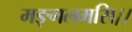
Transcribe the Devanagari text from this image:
मङ्गलमसि।।